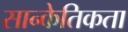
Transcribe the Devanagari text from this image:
सान्केतिकता